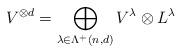
LaTeX: \begin{align*}V^{\otimes d} = \bigoplus_{\lambda \in \Lambda^{+} (n,d)} V^{\lambda} \otimes L^{\lambda}\end{align*}